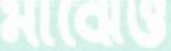
মাঝেও